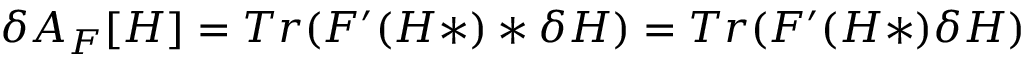
\delta { \cal A } _ { F } [ H ] = T r ( F ^ { \prime } ( H * ) * \delta H ) = T r ( F ^ { \prime } ( H * ) \delta H )